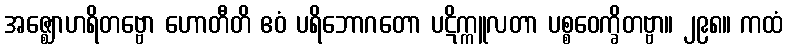
အဇ္ဈောဟရိတဗ္ဗော ဟောတီတိ ဧဝံ ပရိဘောဂတော ပဋိက္ကူလတာ ပစ္စဝေက္ခိတဗ္ဗာ။ ၂၉၈။ ကထံ